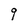
Character: q